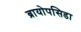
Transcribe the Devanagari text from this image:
ब्रायोपसिडा